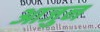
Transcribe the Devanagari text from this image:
आजुन